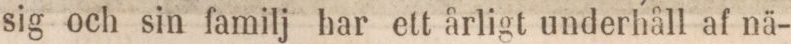
sig och sin familj har ett årligt underhåll af nä-